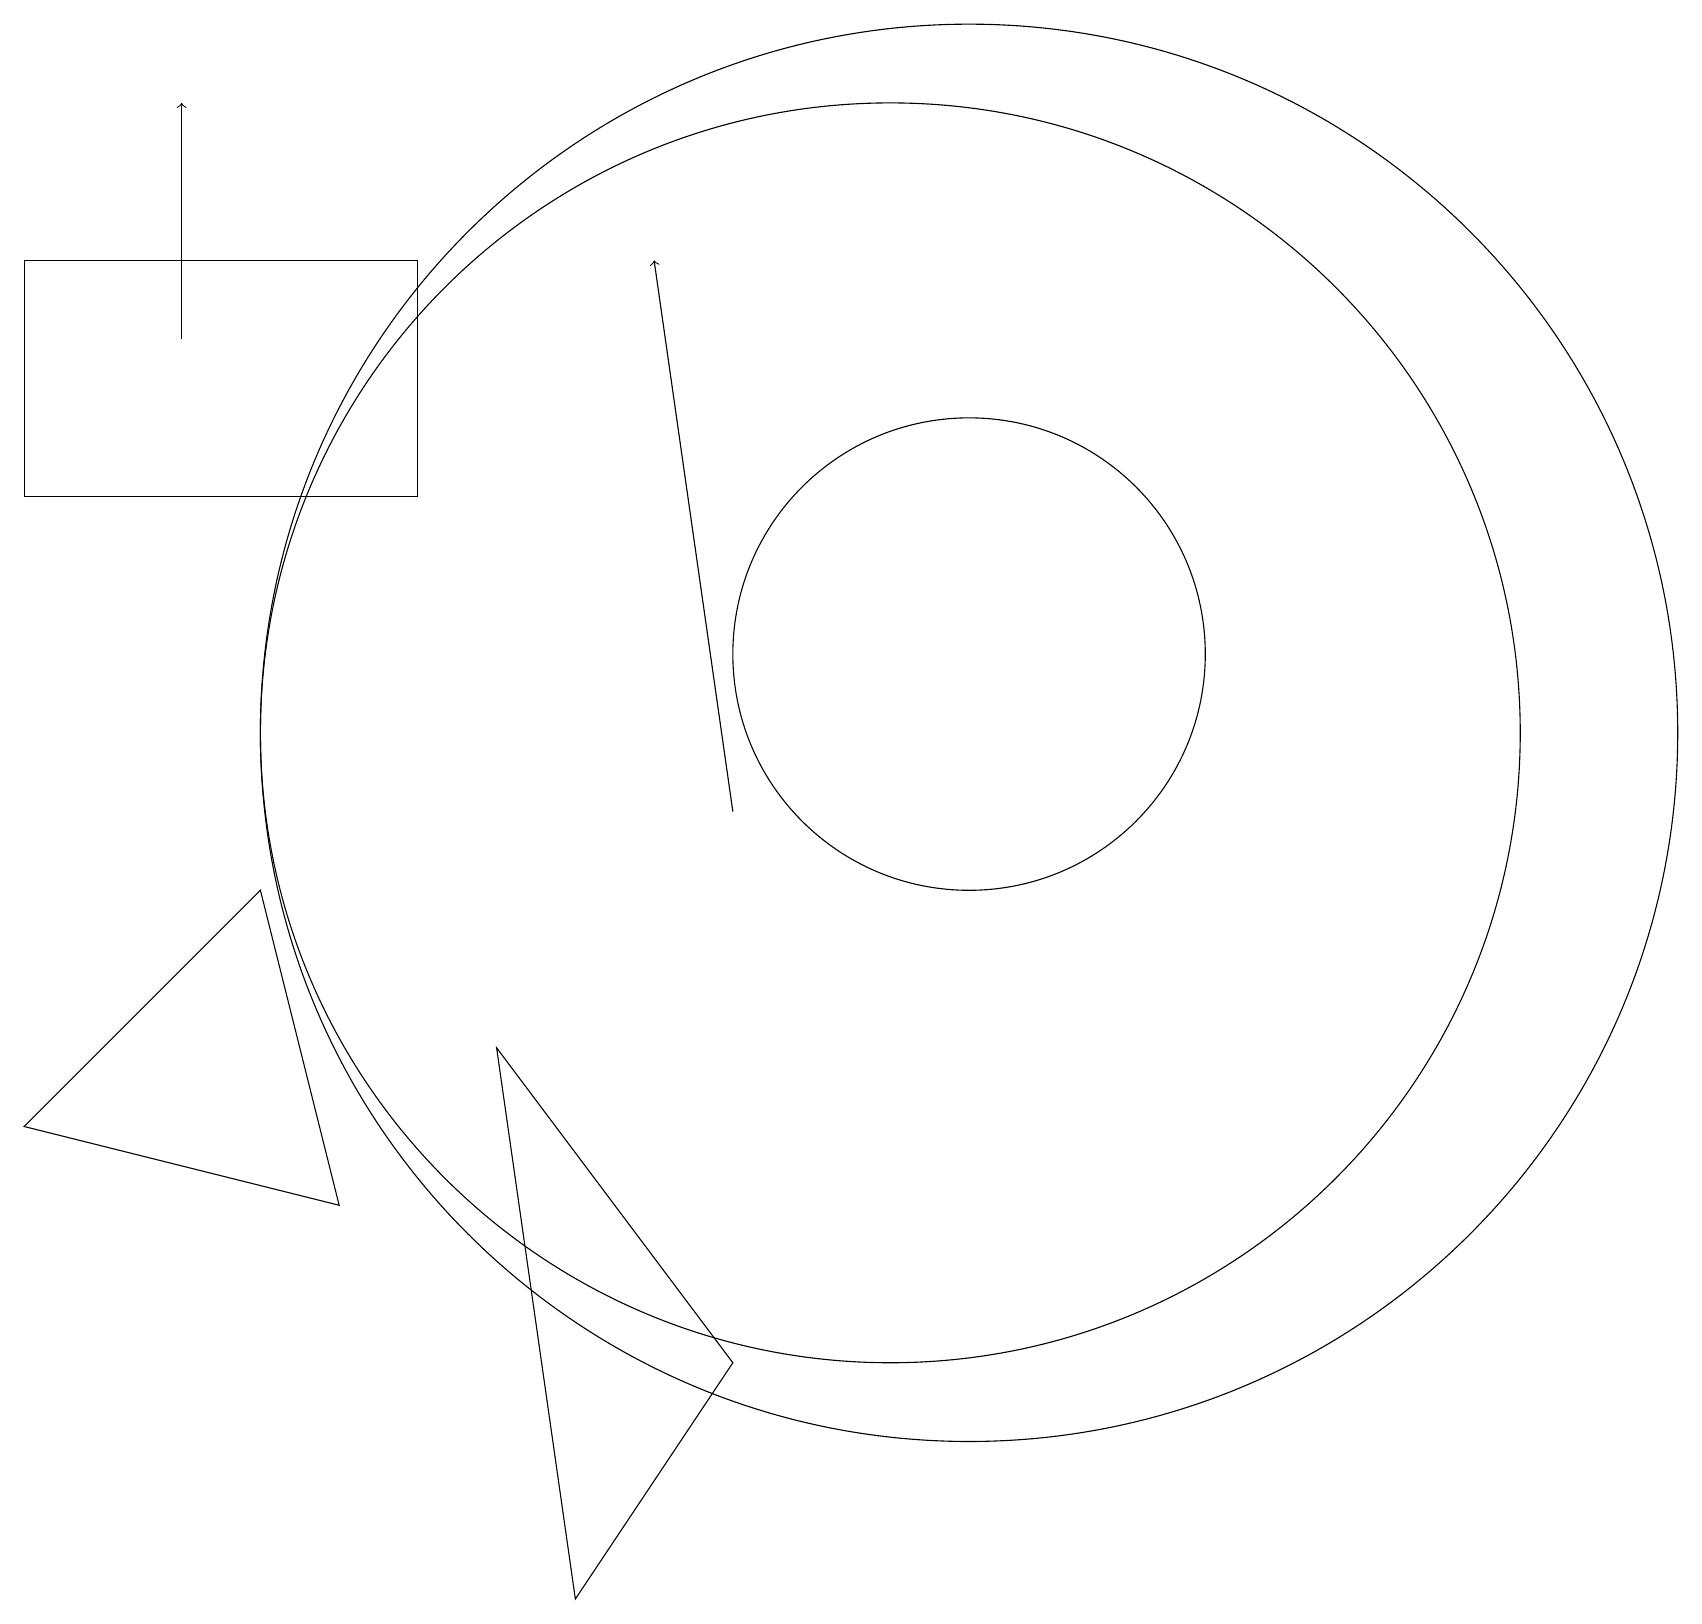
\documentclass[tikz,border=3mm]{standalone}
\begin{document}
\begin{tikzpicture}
\draw (4,5) -- (0,6) -- (3,9) -- cycle;
\draw (12,12) circle (3);
\draw (11,11) circle (8);
\draw (12,11) circle (9);
\draw (5,17) rectangle (0,14);
\draw (6,7) -- (9,3) -- (7,0) -- cycle;
\draw[->] (9,10) -- (8,17);
\draw[->] (2,16) -- (2,19);
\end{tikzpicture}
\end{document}